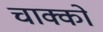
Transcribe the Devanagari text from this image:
चाक्को